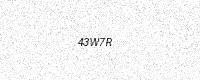
Text: 43W7R